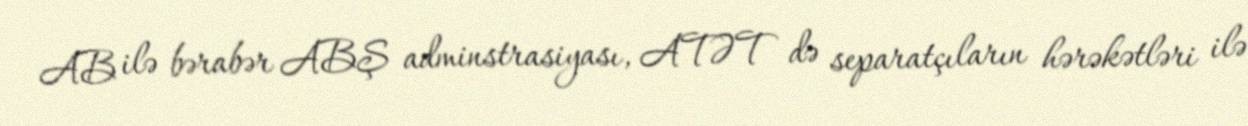
AB ilə bərabər ABŞ adminstrasiyası, ATƏT də separatçıların hərəkətləri ilə